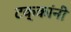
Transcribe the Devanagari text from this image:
टक्कांनी